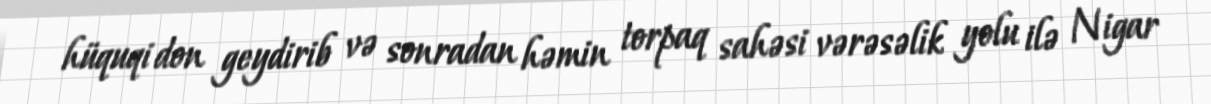
hüquqi don geydirib və sonradan həmin torpaq sahəsi vərəsəlik yolu ilə Nigar